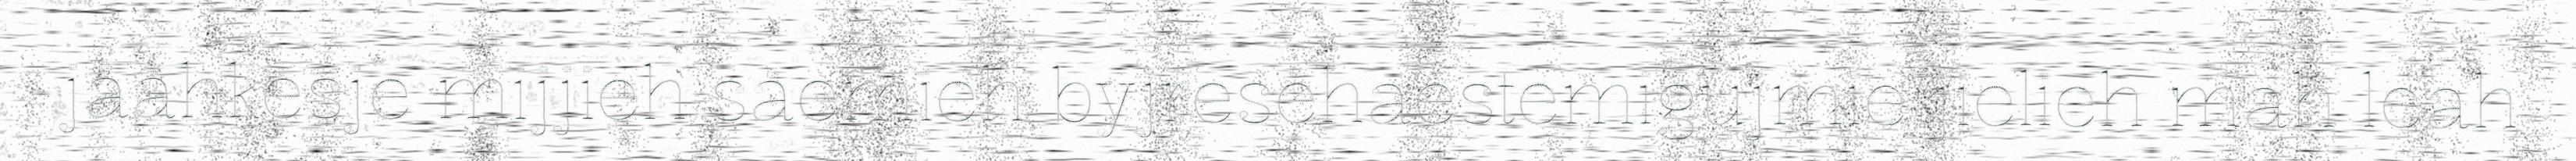
jååhkesje mijjieh saemieh byjresehaestemigujmie jielieh mah leah